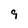
Character: 9